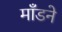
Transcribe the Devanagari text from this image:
माँडने